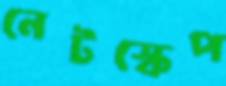
নেটস্কেপ